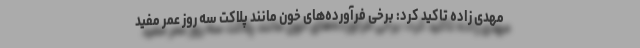
مهدی زاده تاکید کرد: برخی فرآورده‌های خون مانند پلاکت سه روز عمر مفید